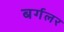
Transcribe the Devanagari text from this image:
बर्गलर